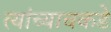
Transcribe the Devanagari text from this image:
त्यांच्याचकडे